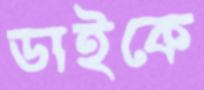
ডাইকে